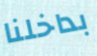
بداخلنا